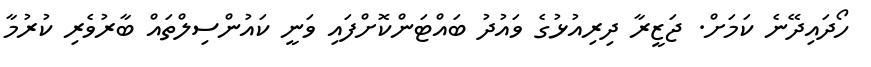
ހޯދައިދޭނެ ކަމަށް. ޖަޒީރާ ދިރިއުޅުގެ ވައުދު ބައްޓަންކޮށްފައި ވަނީ ކައުންސިލްތައް ބާރުވެރި ކުރުމާ